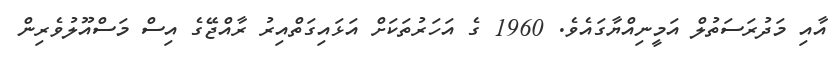
އާއި މަދުރަސަތުލް އަމީނިއްޔާގައެވެ. 1960 ގެ އަހަރުތަކަށް އަޅައިގަތްއިރު ރާއްޖޭގެ އިސް މަސްއޫލުވެރިން